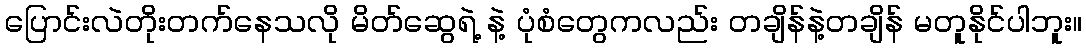
ပြောင်းလဲတိုးတက်နေသလို မိတ်ဆွေရဲ့ နဲ့ ပုံစံတွေကလည်း တချိန်နဲ့တချိန် မတူနိုင်ပါဘူး။